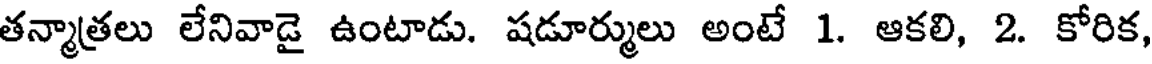
తన్మాత్రలు లేనివాడై ఉంటాడు. షడూర్ములు అంటే 1. ఆకలి, 2. కోరిక,